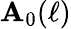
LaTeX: \mathbf{A}_{0}(\ell)